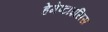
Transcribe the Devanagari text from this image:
हेमेप्टाइसिस